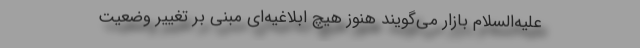
علیه‌السلام بازار می‌گویند هنوز هیچ ابلاغیه‌ای مبنی بر تغییر وضعیت